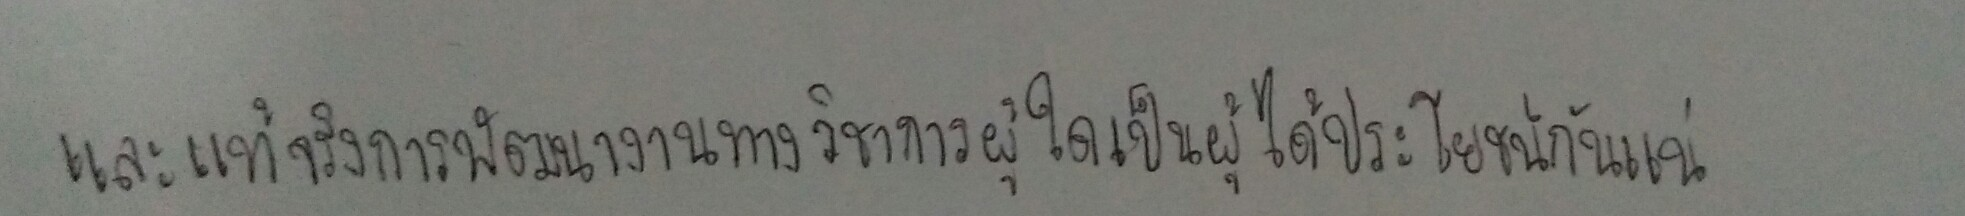
และแท้จริงการพัฒนางานทางวิชาการผู้ใดเป็นผู้ได้ประโยชน์กันแน่